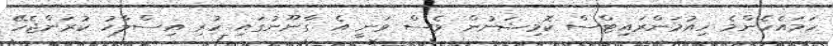
ހަމައެހެންމެ ހިއުމަންރައިޓްސް ކޮމިޝަނުން ވެސް ވަނީ އެ ގާނޫނުގައި ހުރި އިސްލާހު ކުރަންޖެހޭ